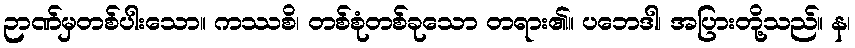
ဉာဏ်မှတစ်ပါးသော။ ကဿစိ၊ တစ်စုံတစ်ခုသော တရား၏။ ပဘေဒါ၊ အပြားတို့သည်။ န၊